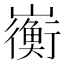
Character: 𫶣